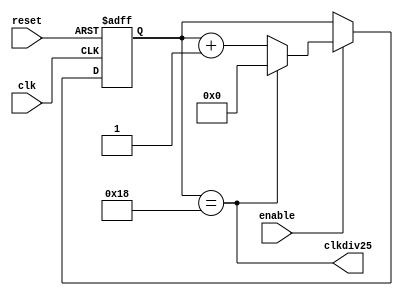
module cnt25 (reset, clk, enable, clkdiv25);
	input reset, clk, enable;
	output clkdiv25;
	reg [5:0] cnt;

	assign clkdiv25 = (cnt==5'd24);
	always @(posedge reset or posedge clk)
	  if (reset) cnt <= 0;
	   else if (enable) 
	          if (clkdiv25) cnt <= 0;
	            else cnt <= cnt + 1;
endmodule

module cnt64 (reset, clk, enable, clkdiv64);
	input reset, clk, enable;
	output clkdiv64;
	reg [5:0] cnt;

	assign clkdiv64 = (cnt==6'd63);
	always @ ( posedge reset or posedge clk )
	  if (reset) cnt <= 0;
	   else if (enable) cnt <= cnt + 1;
endmodule

module flashClk ( reset, clk, en_nxt );
	input clk, reset;
	output en_nxt;
	wire clk1Hz;
	wire first, second, third, fourth;

	cnt25 i0 (reset, clk, 1'b1, first);
	cnt25 i1 (reset, clk, first, second);
	cnt25 i2 (reset, clk, first & second, third);
	cnt25 i3 (reset, clk, first & second & third, fourth);
	cnt64 i4 (reset, clk, first & second & third & fourth, clk1Hz);

	assign en_nxt = first & second & third & fourth & clk1Hz;
endmodule